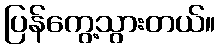
ပြန်ကွေ့သွားတယ်။